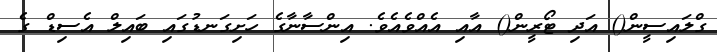
ގްލައިސީން() އަދި ޓޯރީން() އާއި އެއްވެއެވެ. އިންސާނާގެ ހަށިގަނޑުގައި ބައިލް އެސިޑް ގެ